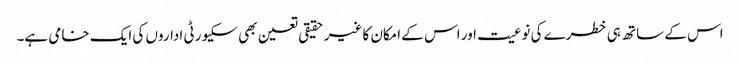
اس کے ساتھ ہی خطرے کی نوعیت اور اس کے امکان کا غیر حقیقی تعین بھی سکیورٹی اداروں کی ایک خامی ہے۔